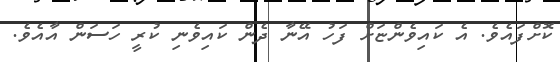
ކޮށްފައެވެ. އެ ކައިވެންޏަށް ފަހު އޭނާ ދެން ކައިވެނި ކުރީ ހަސަން އާއެވެ.